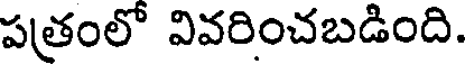
పత్రంలో వివరించబడింది.